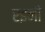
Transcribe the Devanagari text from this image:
रइनी